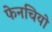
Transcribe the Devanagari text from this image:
फेनचियो